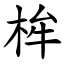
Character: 桙